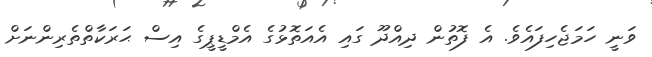
ވަނީ ހަމަޖެހިފައެވެ. އެ ފޮތުން ދިއްދޫ ގައި އެއަތޮޅުގެ އެމްޑީޕީގެ އިސް ޙަރަކާތްތެރިންނަށް